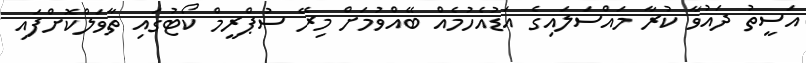
އަސީތު ދައުވާ ކުރާ މައްސަލައިގެ އަޑުއެހުމެއް ބޭއްވުމަށް މިރޭ ސުޕްރީމް ކޯޓުގައި ތާވަލްކޮށްފައި